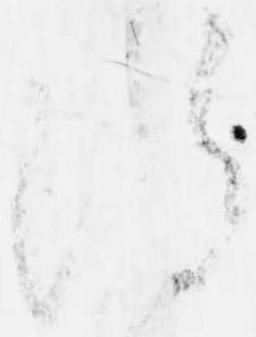
得